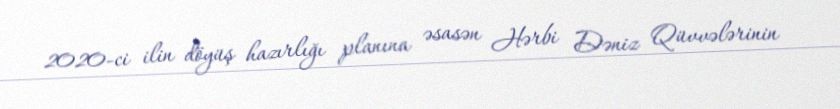
2020-ci ilin döyüş hazırlığı planına əsasən Hərbi Dəniz Qüvvələrinin